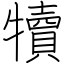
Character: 犢